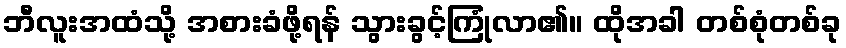
ဘီလူးအထံသို့ အစားခံဖို့ရန် သွားခွင့်ကြုံလာ၏။ ထိုအခါ တစ်စုံတစ်ခု